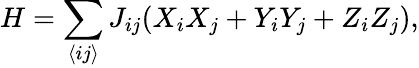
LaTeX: H=\sum_{\langle ij\rangle}J_{ij}(X_{i}X_{j}+Y_{i}Y_{j}+Z_{i}Z_{j}),